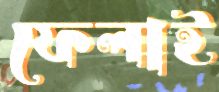
ফেলাই